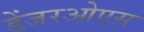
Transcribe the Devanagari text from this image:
डेंजरओएस